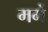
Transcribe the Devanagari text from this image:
मर्मे